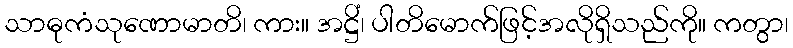
သာဓုကံသုဏောမာတိ၊ ကား။ အဋ္ဌိံ၊ ပါတိမောက်ဖြင့်အလိုရှိသည်ကို။ ကတွာ၊